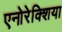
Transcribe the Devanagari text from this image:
एनोरेक्शिया